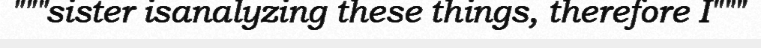
"""sister isanalyzing these things, therefore I"""